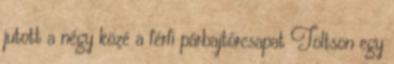
jutott a négy közé a férfi párbajtőrcsapat Töltsön egy